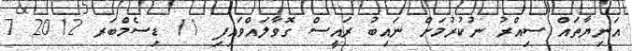
އަނިޔާތައް ސިއްރު ނުކުރުމަށް ނައިބު ރައީސް ގޮވާލައްވައިފި 11 ޑިސެމްބަރ 2012 7